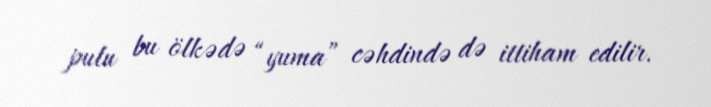
pulu bu ölkədə “yuma” cəhdində də ittiham edilir.